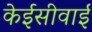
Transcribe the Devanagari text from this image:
केईसीवाई